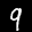
Label: 9